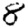
Digit: 8